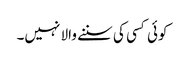
کوئی کسی کی سننے والا نہیں۔